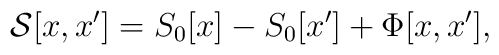
{\cal{S}} [x,x'] = S_{0}[x] - S_{0}[x'] + \Phi [x,x'] ,